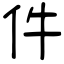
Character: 件